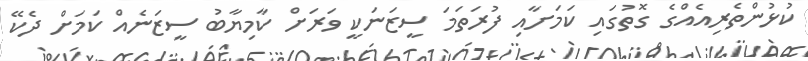
ކުޅުންތެރިއެއްގެ ގޮތުގައި ކަމަށާއި ފުރަތަމަ ސީޒަނަކީ ވަރަށް ކާމިޔާބު ސީޒަނެއް ކަމަށް ދެކޭ